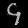
Digit: ၄